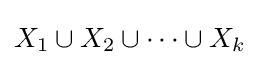
X_{1}\cup X_{2}\cup \dots \cup X_{k}